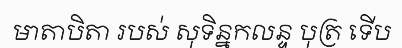
មាតាបិតា របស់ សុទិន្នកលន្ទ បុត្រ ទើប